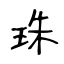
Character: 珠